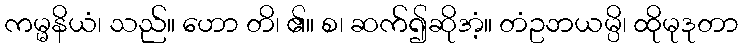
ကမ္မနိယံ၊ သည်။ ဟော တိ၊ ၏။ စ၊ ဆက်၍ဆိုအံ့။ တံဥဘယမ္ပိ၊ ထိုမုဒုတာ